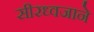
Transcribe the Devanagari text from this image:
सीरध्वजाने